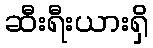
ဆီးရီးယားရှိ